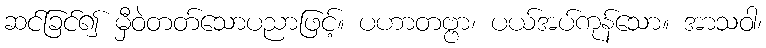
ဆင်ခြင်၍ မှီဝဲတတ်သောပညာဖြင့်။ ပဟာတဗ္ဗာ၊ ပယ်အပ်ကုန်သော။ အာသဝါ၊